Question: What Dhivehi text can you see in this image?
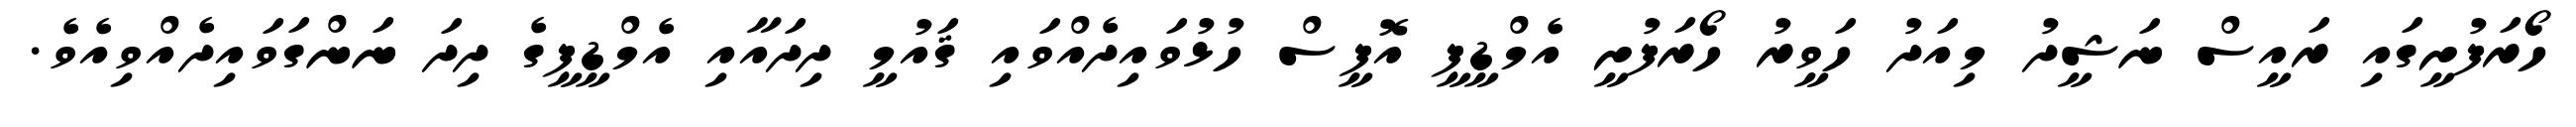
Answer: ހޯރަފުށީގައި ރައީސް ނަޝީދު މިއަދު ހަވީރު ހޯރަފުށީ އެމްޑީޕީ އޮފީސް ހުޅުވައިދެއްވައި ޤައުމީ ދިދައާއި އެމްޑީޕީގެ ދިދަ ނަންގަވައިދެއްވިއެވެ.